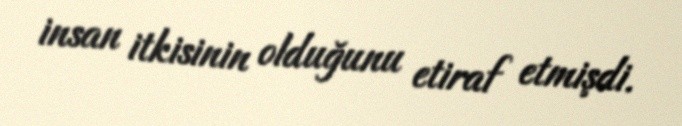
insan itkisinin olduğunu etiraf etmişdi.